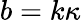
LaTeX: b=k\kappa